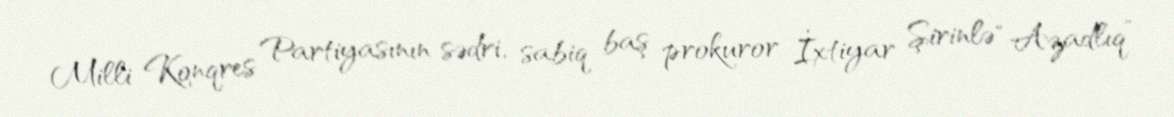
Milli Konqres Partiyasının sədri, sabiq baş prokuror İxtiyar Şirinlə “Azadlıq”